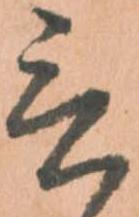
言